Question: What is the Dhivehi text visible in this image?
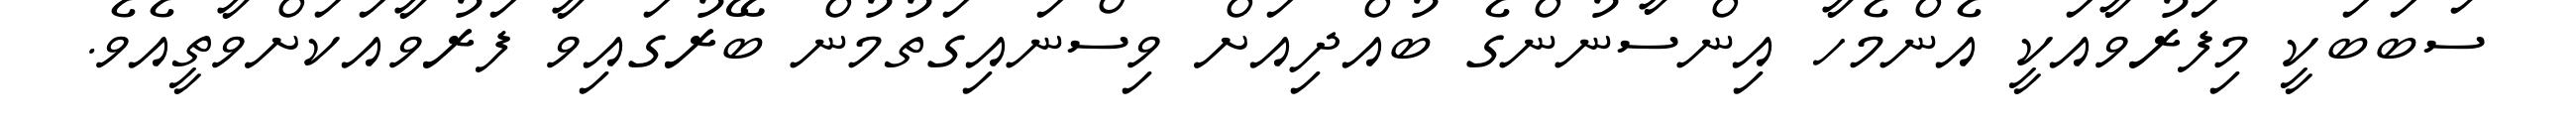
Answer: ސަބަބަކީ މިފަރުވާއަކީ އެންމެހާ އިންސާނުންގެ ބުއްދިއަށް ވިސްނައިގަތުމުން ބޭރުގައިވާ ފަރުވާއަކަށްވާތީއެވެ.